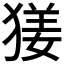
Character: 𤟲